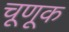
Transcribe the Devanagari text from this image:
चूणूक